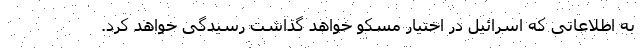
به اطلاعاتی که اسرائیل در اختیار مسکو خواهد گذاشت رسیدگی خواهد کرد.